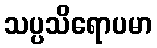
သပ္ပသိရောပမာ